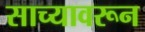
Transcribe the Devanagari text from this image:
साच्यावरून